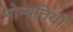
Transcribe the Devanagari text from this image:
मोम्बतियों